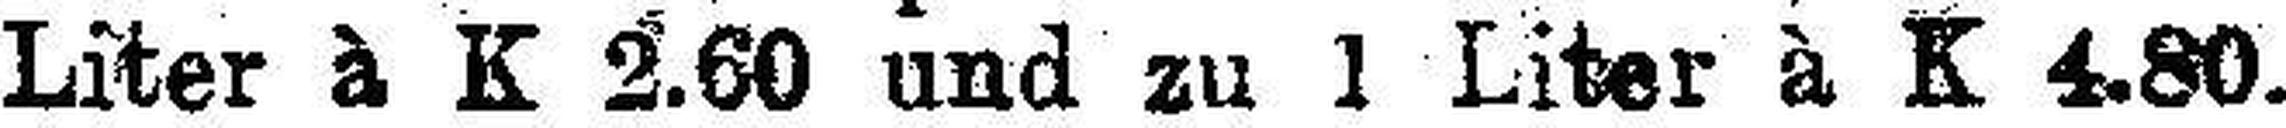
Liter à K 2.60 und zu 1 Liter à K 4.80.